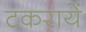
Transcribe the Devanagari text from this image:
टकरायें